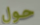
حول